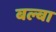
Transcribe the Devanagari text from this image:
बल्बा